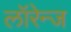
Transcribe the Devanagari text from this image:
लॉरेन्ज